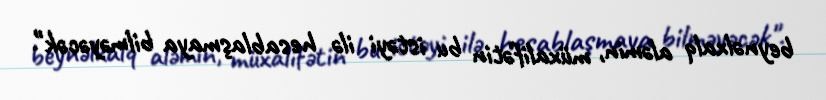
beynəlxalq aləmin, müxalifətin bu istəyi ilə hesablaşmaya bilməyəcək".